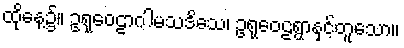
ထိုနေ့၌။ ဥရုဝေဠာဂါမသဒိသေ၊ ဥရုဝေဠရွာနှင့်တူသော။